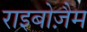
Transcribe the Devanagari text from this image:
राइबोज़ैम